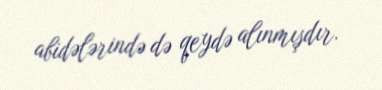
abidələrində də qeydə alınmışdır.